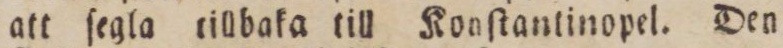
att ſegla tillbaka till Konſtantinopel. Den